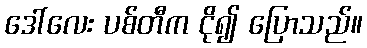
ဒေါ်လေး ပစ်တီက ငို၍ ပြောသည်။